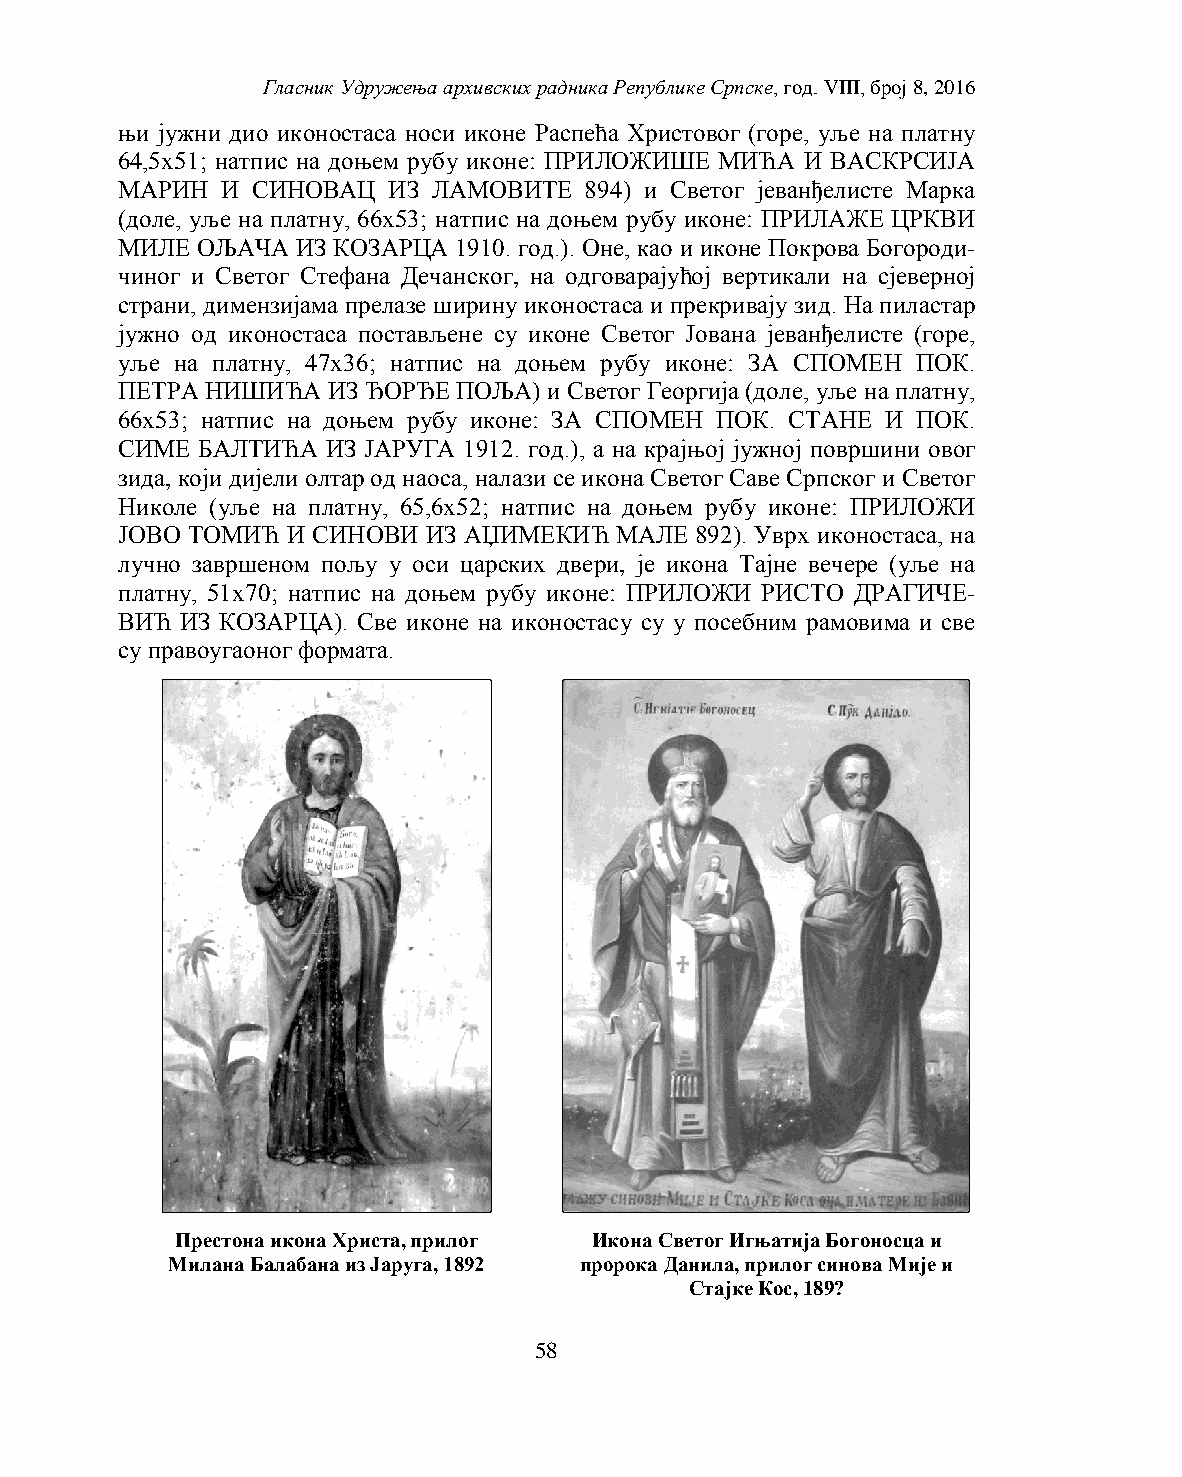
Гласник Удружења архивских радника Републике Српске, год. VIII, број 8, 2016
 њи јужни дио иконостаса носи иконе Распећа Христовог (горе, уље на платну
 64,5х51; натпис на доњем рубу иконе: ПРИЛОЖИШЕ МИЋА И ВАСКРСИЈА
 МАРИН  И СИНОВАЦ  ИЗ ЛАМОВИТЕ  894) и Светог јеванђелисте Марка
 (доле, уље на платну, 66х53; натпис на доњем рубу иконе: ПРИЛАЖЕ ЦРКВИ
 МИЛЕ ОЉАЧА  ИЗ КОЗАРЦА 1910. год.). Оне, као и иконе Покрова Богороди-
 чиног и Светог Стефана Дечанског, на одговарајућој вертикали на сјеверној
 страни, димензијама прелазе ширину иконостаса и прекривају зид. На пиластар
 јужно од иконостаса постављене су иконе Светог Јована јеванђелисте (горе,
 уље на платну, 47х36; натпис на доњем рубу иконе: ЗА СПОМЕН ПОК.
 ПЕТРА НИШИЋА  ИЗ ЂОРЂЕ ПОЉА) и Светог Георгија (доле, уље на платну,
 66х53; натпис на доњем рубу иконе: ЗА СПОМЕН ПОК. СТАНЕ И ПОК.
 СИМЕ БАЛТИЋА  ИЗ ЈАРУГА 1912. год.), а на крајњој јужној површини овог
 зида, који дијели олтар од наоса, налази се икона Светог Саве Српског и Светог
 Николе (уље на платну, 65,6х52; натпис на доњем рубу иконе: ПРИЛОЖИ
 ЈОВО ТОМИЋ И СИНОВИ ИЗ АЏИМЕКИЋ  МАЛЕ 892). Уврх иконостаса, на
 лучно завршеном пољу у оси царских двери, је икона Тајне вечере (уље на
 платну, 51х70; натпис на доњем рубу иконе: ПРИЛОЖИ РИСТО ДРАГИЧЕ-
 ВИЋ ИЗ КОЗАРЦА). Све иконе на иконостасу су у посебним рамовима и све
 су правоугаоног формата.
 Престона икона Христa, прилог Икона Светог Игњатија Богоносца и
 Милана Балабана из Јаруга, 1892 пророка Данила, прилог синова Мије и
 Стајке Кос, 189?
 58